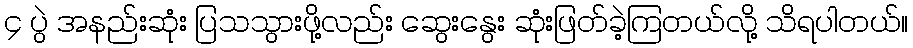
၄ ပွဲ အနည်းဆုံး ပြသသွားဖို့လည်း ဆွေးနွေး ဆုံးဖြတ်ခဲ့ကြတယ်လို့ သိရပါတယ်။